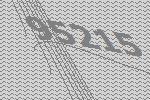
95215